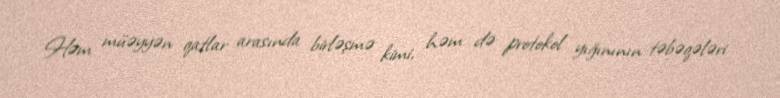
Həm müəyyən qatlar arasında birləşmə kimi, həm də protokol yığınının təbəqələri